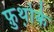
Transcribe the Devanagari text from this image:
फ़ुथ़ोर्क